Vaccination in Bombay 1863-1868 - 1863-1868
Year: 1863
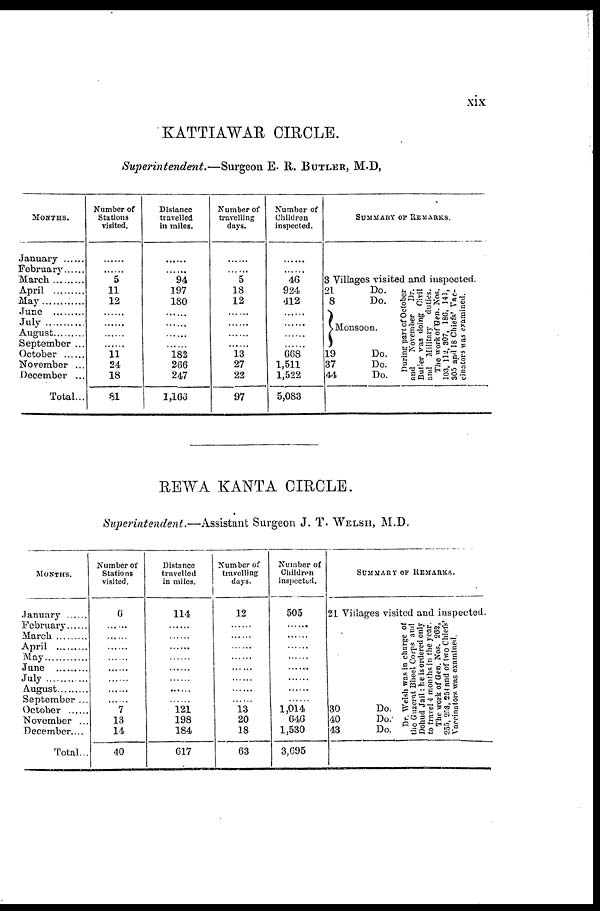
xix
KATTIAWAR CIRCLE.
Superintendent.—Surgeon E. R. BUTLER, M.D,
MONTHS.
January
February
March
April ......
May .........
June
July
August .........
September ...
October ......
November ...
December ...
Total...
Number of
Stations
visited.
......
...... 5
11
12
......
......
......
......
11
24
18
81
Distance
travelled
in miles.
......
......
94
197
180
......
......
......
......
182
266
247
1,166
Number of
travelling
days.
......
...... 5
18
12
......
......
......
......
13
27
22
97
Number of
Children
inspected.
......
......
46
924
412
......
......
......
......
668
1,511
1,522
5,083
SUMMARY OF REMARKS.
3 Villages visited and inspected.
21
Do.
8
Do.
Monsoon.
19
Do.
37
Do.
44
Do.
During part of October
and
November
Dr.
Butier was doing Civil
and Military duties.
The work of Gen. Nos.
103, 112,
307, 186, 141,
305 and 18 Chiefs' Vac¬
cinators was examined.
REWA KANTA CIRCLE.
Superintendent.—Assistant
Surgeon J. T. WELSH, M.D.
MONTHS.
January ......
February ......
March.
April ............
May............
June ............
July............
August ............
September ...
October ......
November ...
December....
Total...
Number of
Stations
visited.
6
......
......
......
......
......
......
......
......
7
13
14
40
Distance
travelled
in miles.
114
......
......
......
......
......
......
......
......
121
198
184
617
Number of
travelling
days.
12
......
......
......
......
......
......
......
......
13
20
18
63
Number of
Children
inspected.
505
......
......
......
......
......
......
......
......
1,014
646
1,530
3,695
SUMMARY OF REMARKS.
21 Villages visited and inspected.
30
Do.
40
Do.
43
Do.
Dr. Welsh was in charge of
the Guzerat Bheel Corps and
Dohud Jail: he is ordered only
to travel 4 months in the year.
The work of Gen. Nos. 202,
255. 253, 254 and of two Chiefs'
Vaccinators was examined.